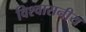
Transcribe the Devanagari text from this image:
विश्‍वासनीय